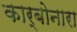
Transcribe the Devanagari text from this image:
कार्बोनारा